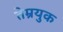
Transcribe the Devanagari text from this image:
तेम्रयुक